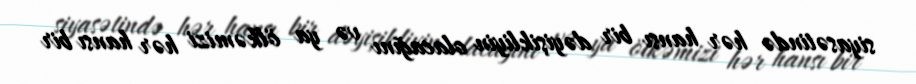
siyasətində hər hansı bir dəyişikliyin olacağını və ya ölkəmizi hər hansı bir